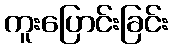
ကူးပြောင်းခြင်း